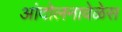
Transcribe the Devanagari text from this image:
आंदोलनावेळेस